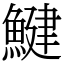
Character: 鰎